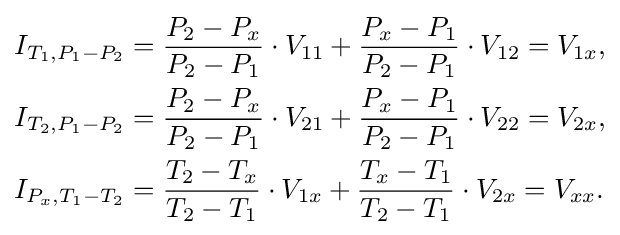
{\begin{aligned}I_{T_{1},P_{1}-P_{2}}&={\frac {P_{2}-P_{x}}{P_{2}-P_{1}}}\cdot V_{11}+{\frac {P_{x}-P_{1}}{P_{2}-P_{1}}}\cdot V_{12}=V_{1x},\\I_{T_{2},P_{1}-P_{2}}&={\frac {P_{2}-P_{x}}{P_{2}-P_{1}}}\cdot V_{21}+{\frac {P_{x}-P_{1}}{P_{2}-P_{1}}}\cdot V_{22}=V_{2x},\\I_{P_{x},T_{1}-T_{2}}&={\frac {T_{2}-T_{x}}{T_{2}-T_{1}}}\cdot V_{1x}+{\frac {T_{x}-T_{1}}{T_{2}-T_{1}}}\cdot V_{2x}=V_{xx}.\end{aligned}}